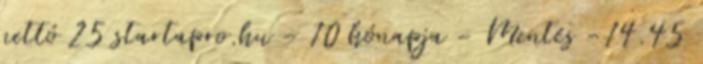
nettó 25 startapro.hu - 10 hónapja - Mentés -14.45